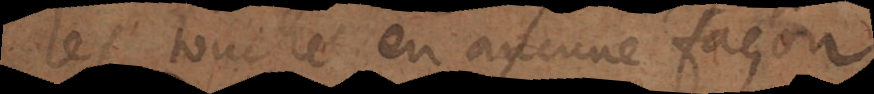
les touche en aucune façon.